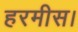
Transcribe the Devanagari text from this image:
हरमीस।